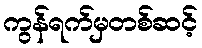
ကွန်ရက်မှတစ်ဆင့်